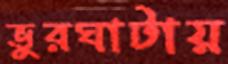
ভুরঘাটায়